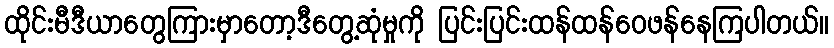
ထိုင်းမီဒီယာတွေကြားမှာတော့ဒီတွေ့ဆုံမှုကို ပြင်းပြင်းထန်ထန်ဝေဖန်နေကြပါတယ်။